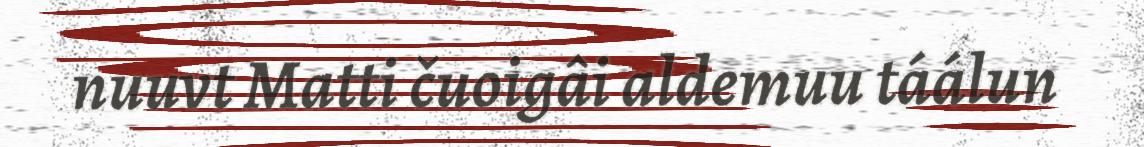
nuuvt Matti čuoigâi aldemuu táálun